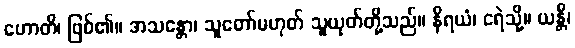
ဟောတိ၊ ဖြစ်၏။ အသန္တော၊ သူတော်မဟုတ် သူယုတ်တို့သည်။ နိရယံ၊ ငရဲသို့။ ယန္တိ၊